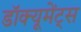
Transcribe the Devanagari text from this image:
डॉक्यूमेंट्स